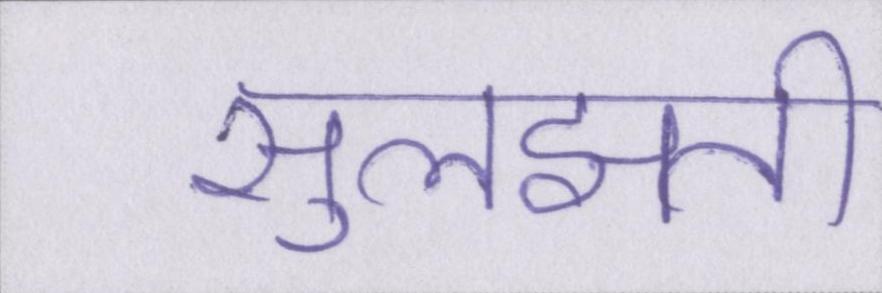
सुलझती